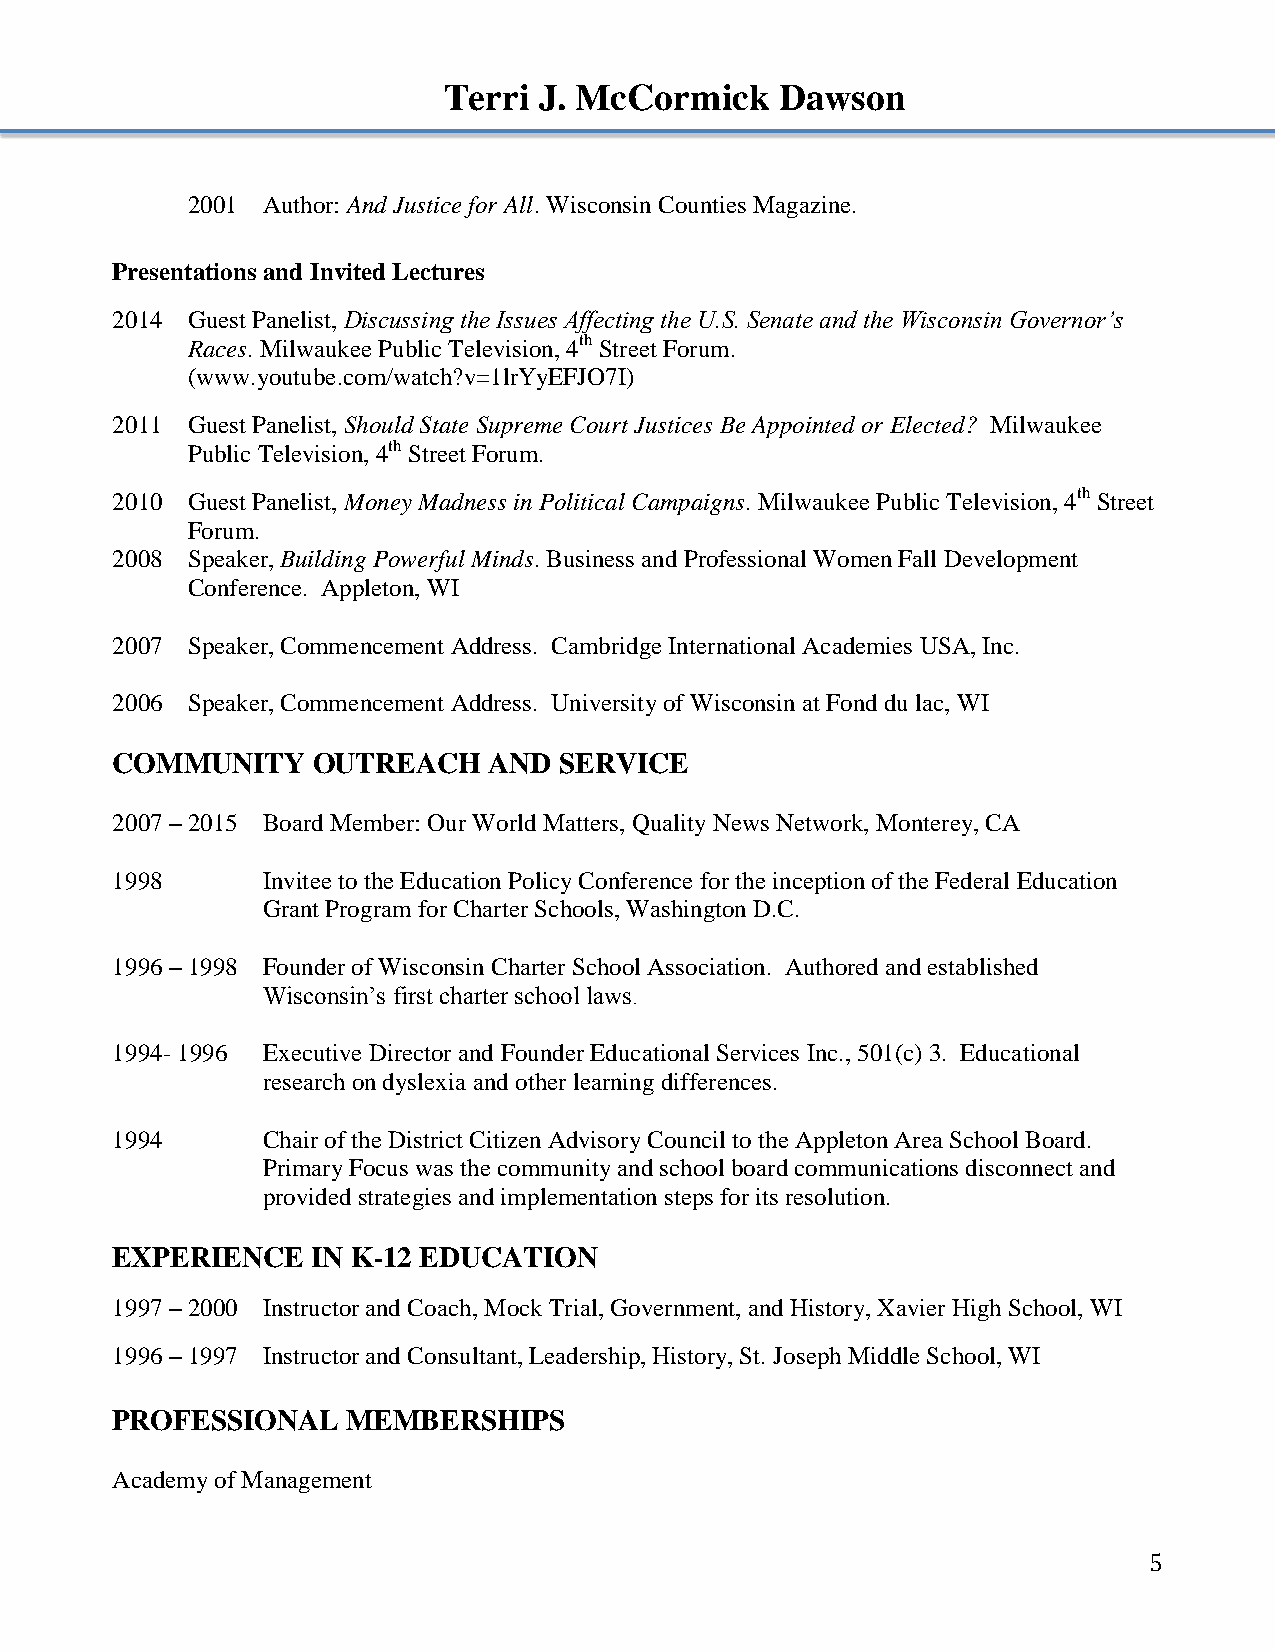
Terri  J. McCormick    Dawson
 2001 Author: And Justice for All. Wisconsin Counties Magazine.
 Presentations and Invited Lectures
 2014 Guest Panelist, Discussing the Issues Affecting the U.S. Senate and the Wisconsin Governor’s
 Races. Milwaukee Public Television, 4th Street Forum.
 (www.youtube.com/watch?v=1lrYyEFJO7I)
 2011 Guest Panelist, Should State Supreme Court Justices Be Appointed or Elected? Milwaukee
 Public Television, 4th Street Forum.
 2010 Guest Panelist, Money Madness in Political Campaigns. Milwaukee Public Television, 4th Street
 Forum.
 2008 Speaker, Building Powerful Minds. Business and Professional Women Fall Development
 Conference. Appleton, WI
 2007 Speaker, Commencement Address. Cambridge International Academies USA, Inc.
 2006 Speaker, Commencement Address. University of Wisconsin at Fond du lac, WI
 COMMUNITY     OUTREACH   AND  SERVICE
 2007 – 2015 Board Member: Our World Matters, Quality News Network, Monterey, CA
 1998      Invitee to the Education Policy Conference for the inception of the Federal Education
 Grant Program for Charter Schools, Washington D.C.
 1996 – 1998 Founder of Wisconsin Charter School Association. Authored and established
 Wisconsin’s first charter school laws.
 1994- 1996 Executive Director and Founder Educational Services Inc., 501(c) 3. Educational
 research on dyslexia and other learning differences.
 1994      Chair of the District Citizen Advisory Council to the Appleton Area School Board.
 Primary Focus was the community and school board communications disconnect and
 provided strategies and implementation steps for its resolution.
 EXPERIENCE    IN K-12 EDUCATION
 1997 – 2000 Instructor and Coach, Mock Trial, Government, and History, Xavier High School, WI
 1996 – 1997 Instructor and Consultant, Leadership, History, St. Joseph Middle School, WI
 PROFESSIONAL    MEMBERSHIPS
 Academy of Management
 5